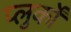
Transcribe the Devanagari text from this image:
प्लुर्कों